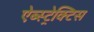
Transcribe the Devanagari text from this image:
ऐब्स्ट्रेक्टिस